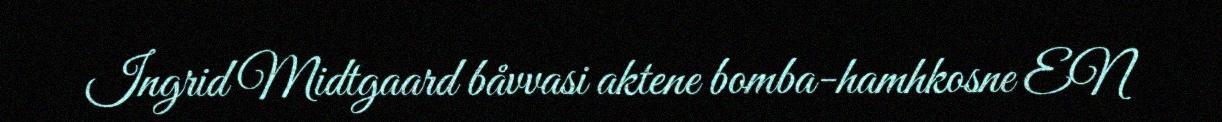
Ingrid Midtgaard båvvasi aktene bomba-hamhkosne EN